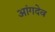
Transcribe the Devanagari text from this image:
आंगदेव